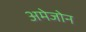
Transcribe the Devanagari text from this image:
अमेजोन